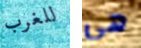
للغرب هي